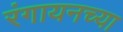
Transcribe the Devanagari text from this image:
रंगायनच्या